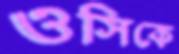
ওসিকে